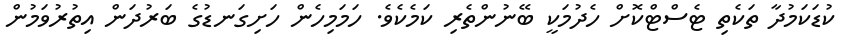
ކުޑަކަމުދާ ތަކެތި ޓެސްޓްކޮށް ހެދުމަކީ ބޭނުންތެރި ކަމެކެވެ. ހަމަމިހެން ހަށިގަނޑުގެ ބަރުދަން އިތުރުވަމުން